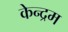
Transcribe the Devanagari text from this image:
केन्द्रम